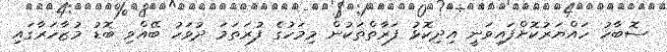
ސޮބާހު ހައްޔަރުކޮށްފައިވަނީ އިދިކޮޅު ފަރާތްތަކުން މިިމަހުގެ ފުރަތަމަ ދުވަހު ބޭއްވި ބޮޑު މުޒާހަރާގައި